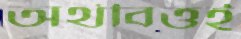
অর্থবিত্তই